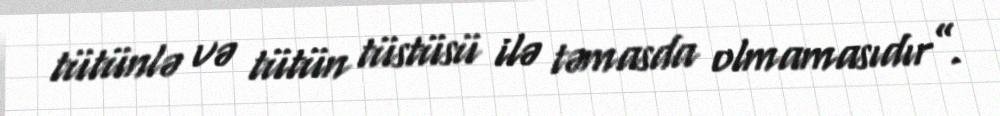
tütünlə və tütün tüstüsü ilə təmasda olmamasıdır”.